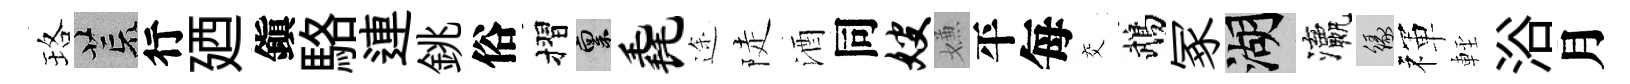
珞荒行廼鎭駱連銚俗摺禀毳途陡酒同嫂嫌平每交鵡冢湖瀛緣禈䡖浴月